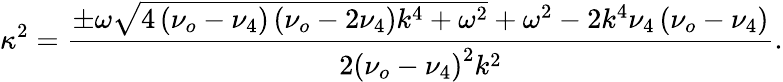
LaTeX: \kappa^{2}=\frac{\pm\omega\sqrt{4\left(\nu_{o}-\nu_{4}\right)\left(\nu_{o}-2\nu_{4}\right)k^{4}+\omega^{2}}+\omega^{2}-2k^{4}\nu_{4}\left(\nu_{o}-\nu_{4}\right)}{2\left(\nu_{o}-\nu_{4}\right)^{2}k^{2}}.